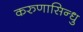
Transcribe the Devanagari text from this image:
करुणासिन्धु